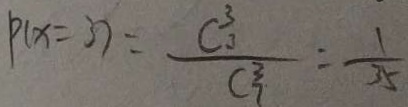
P ( x = 3 ) = \frac { C _ { 0 } ^ { 3 } } { C _ { 7 } ^ { 3 } } = \frac { 1 } { 3 5 }